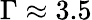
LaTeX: \Gamma\approx 3.5